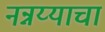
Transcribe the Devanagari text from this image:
नन्नय्याचा